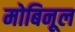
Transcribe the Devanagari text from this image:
मोबिनूल